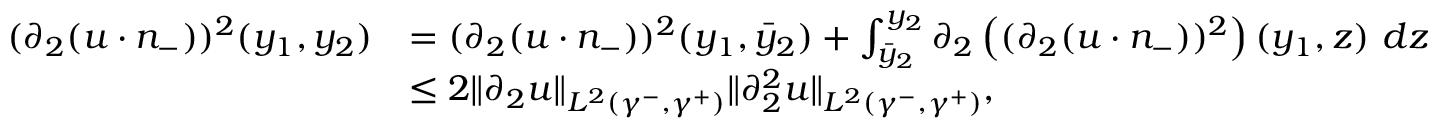
\begin{array} { r l } { ( \partial _ { 2 } ( u \cdot n _ { - } ) ) ^ { 2 } ( y _ { 1 } , y _ { 2 } ) } & { = ( \partial _ { 2 } ( u \cdot n _ { - } ) ) ^ { 2 } ( y _ { 1 } , \bar { y } _ { 2 } ) + \int _ { \bar { y } _ { 2 } } ^ { y _ { 2 } } \partial _ { 2 } \left( ( \partial _ { 2 } ( u \cdot n _ { - } ) ) ^ { 2 } \right) ( y _ { 1 } , z ) \ d z } \\ & { \leq 2 \| \partial _ { 2 } u \| _ { L ^ { 2 } ( \gamma ^ { - } , \gamma ^ { + } ) } \| \partial _ { 2 } ^ { 2 } u \| _ { L ^ { 2 } ( \gamma ^ { - } , \gamma ^ { + } ) } , } \end{array}